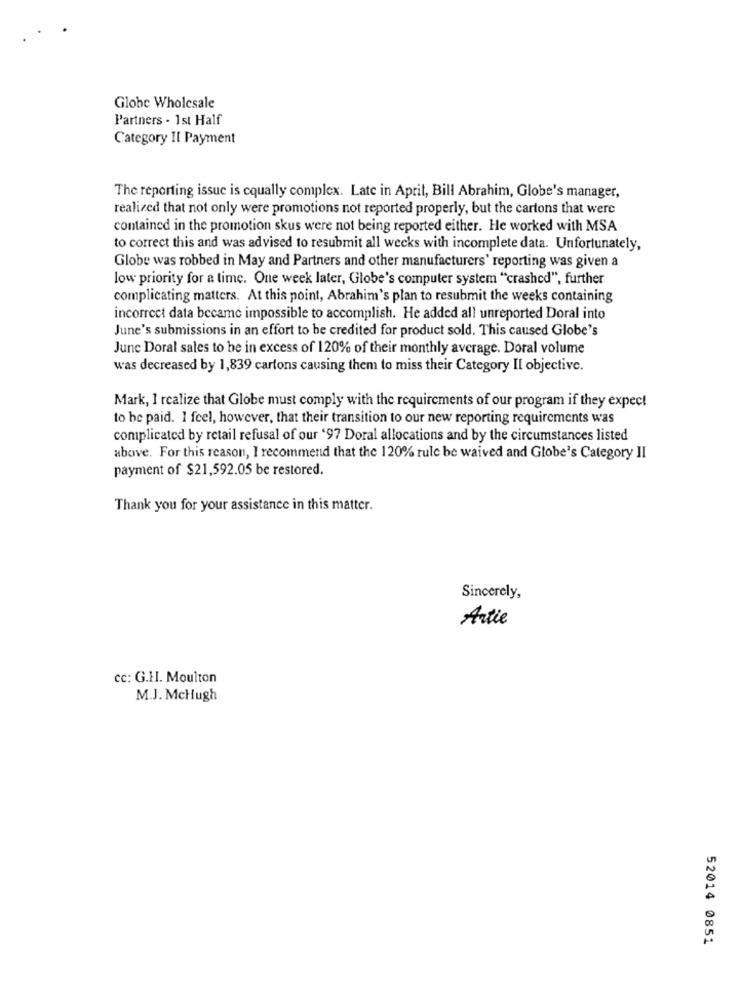
Globe Wholesale
Partners . 1st Half
Category Il Payment
The reporting issue is equally complex. Late in April, Bill Abrahim, Globe's manager,
realized that not only were promotions not reported properly, but the cartons that were
contained in the promotion skus were not being reported either. He worked with MSA
to correct this and was advised to resubmit all weeks with incomplete data. Unfortunately,
Globe was robbed in May and Partners and other manufacturers' reporting was given a
low priority for a time. One week later, Globe's computer system "crashed", further
complicating matters. At this point, Abrahim's plan to resubmit the weeks containing
incorrect data became impossible to accomplish. He added all unreported Doral into
June's submissions in an effort to be credited for product sold. This caused Globe's
June Doral sales to be in excess of 120% of their monthly average. Doral volume
was decreased by 1,839 cartons causing them to miss their Category Il objective.
Mark, I realize that Globe must comply with the requirements of our program if they expect
to be paid. I feel, however, that their transition to our new reporting requirements was
complicated by retail refusal of our '97 Doral allocations and by the circumstances listed
above. For this reason, I recommend that the 120% rule be waived and Globe's Category II
payment of $21,592.05 be restored.
Thank you for your assistance in this matter.
Sincerely,
Artie
cc: G.H. Moulton
M.J. McHugh
52014 0851